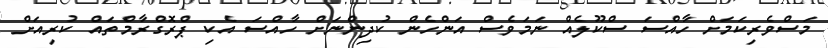
މަސްވެރިކަމަށް ހާއްސަ ސްކޫލެއް ނަމަވެސް އަންހެން ކުދިންނަށް ހާއްސަ އެކި ޕްރޮގްރާމްތައް ކުރިއަށް